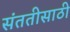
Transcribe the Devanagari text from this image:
संततीसाठी